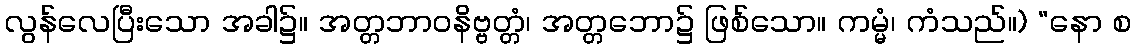
လွန်လေပြီးသော အခါ၌။ အတ္တဘာဝနိဗ္ဗတ္တံ၊ အတ္တဘော၌ ဖြစ်သော။ ကမ္မံ၊ ကံသည်။) “နော စ